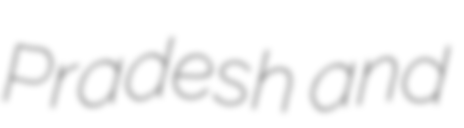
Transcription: Pradesh and